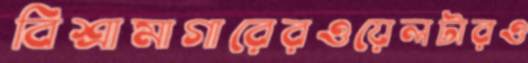
বিশ্রামাগারেরওয়েলটারও